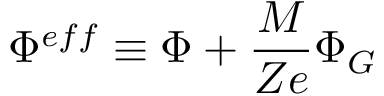
\Phi ^ { e f f } \equiv \Phi + \frac { M } { Z e } \Phi _ { G }